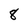
Character: 8